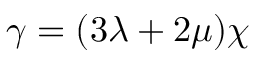
\gamma = ( 3 \lambda + 2 \mu ) \chi